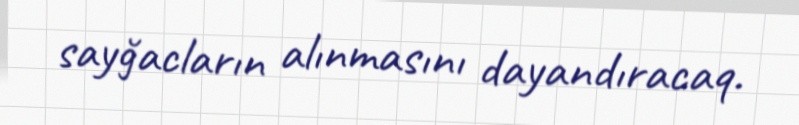
sayğacların alınmasını dayandıracaq.